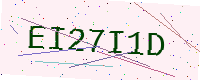
Text: EI27I1D